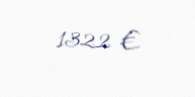
1322 €